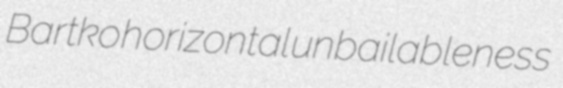
Bartko horizontal unbailableness